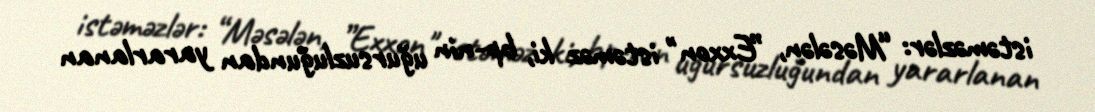
istəməzlər: “Məsələn, ”Exxon" istəməz ki, bp-nin uğursuzluğundan yararlanan